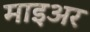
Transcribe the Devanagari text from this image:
माइअर